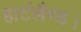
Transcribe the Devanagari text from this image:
हार्टलैण्ड।